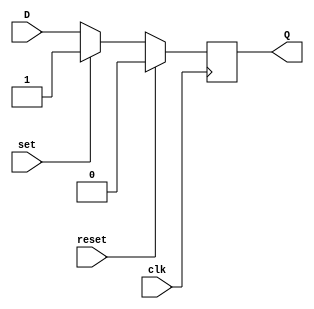
module d_flip_flop (
    input wire clk,        // Clock signal
    input wire reset,      // Reset signal
    input wire set,        // Set signal
    input wire D,          // Data input
    output reg Q           // Output Q
);

// Sequential logic block with D flip-flop
always @(posedge clk)
begin
    if (reset)
        Q <= 1'b0;       // Reset the flip-flop to a low state
    else if (set)
        Q <= 1'b1;       // Set the flip-flop to a high state
    else
        Q <= D;          // Store the input data on the rising edge of the clock signal
end

endmodule